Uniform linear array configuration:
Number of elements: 48
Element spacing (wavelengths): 0.25
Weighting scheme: hann
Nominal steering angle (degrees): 60
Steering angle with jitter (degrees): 61.307
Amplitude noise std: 0.05
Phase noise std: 0.05

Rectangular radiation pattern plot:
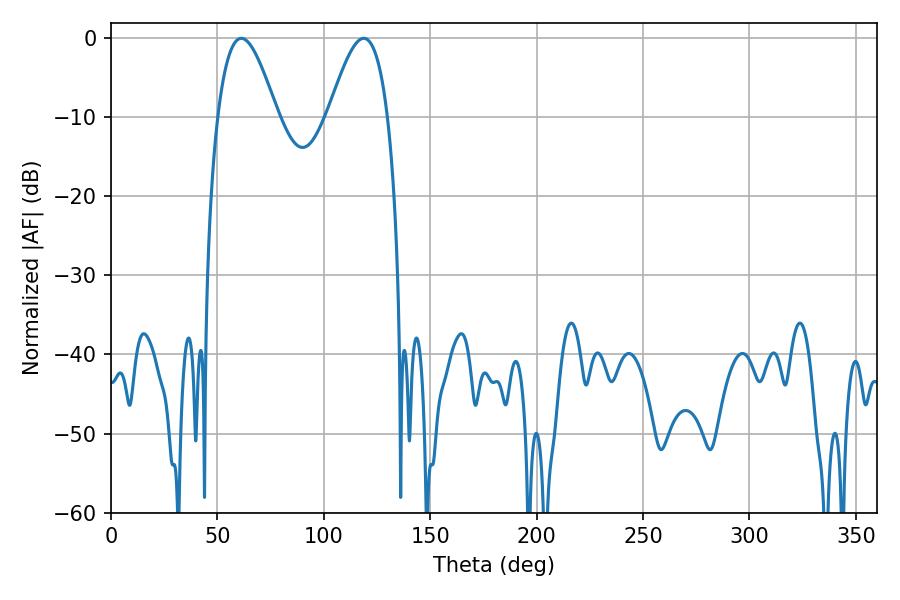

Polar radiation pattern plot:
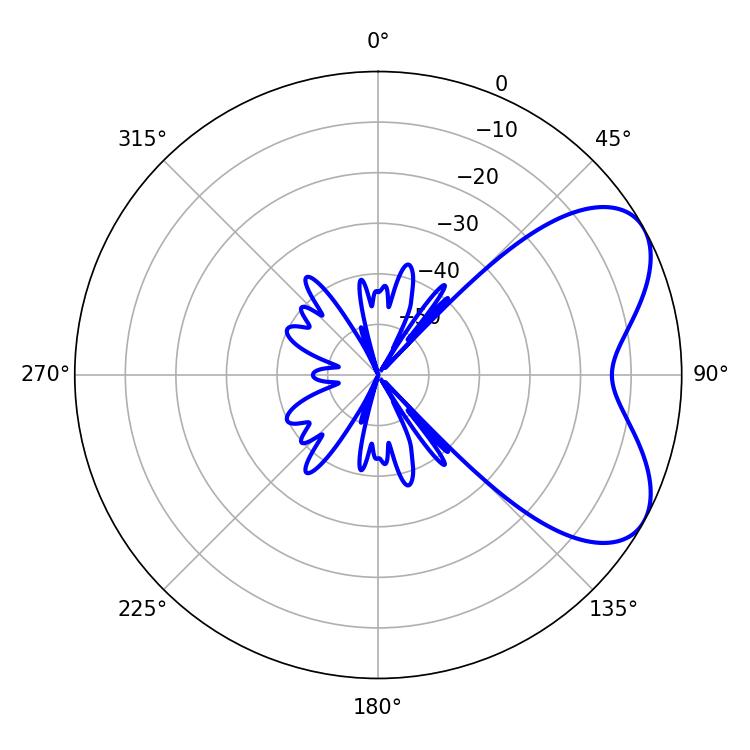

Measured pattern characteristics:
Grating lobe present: FALSE
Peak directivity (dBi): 5.839
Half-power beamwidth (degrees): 15.12
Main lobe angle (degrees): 61.2